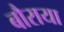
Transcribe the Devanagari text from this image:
बौराया